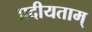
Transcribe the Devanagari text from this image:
प्रदीयताम्